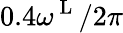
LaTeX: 0.4\omega^{\mathrm{~L~}}/2\pi